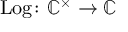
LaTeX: \operatorname { L o g } \colon \mathbb { C } ^ { \times } \to \mathbb { C }